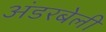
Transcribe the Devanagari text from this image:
अंडरबेली